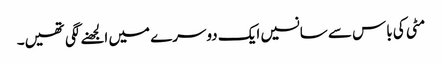
مٹی کی باس سے سانسیں ایک دوسرے میں الجھنے لگی تھیں۔